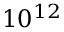
1 0 ^ { 1 2 }